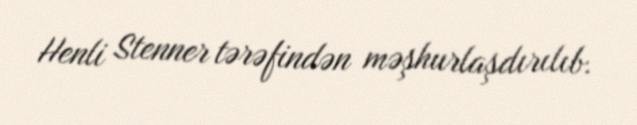
Henli Stenner tərəfindən məşhurlaşdırılıb.